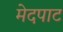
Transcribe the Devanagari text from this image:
मेदपाट